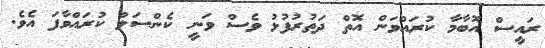
ރައީސް އޮބާމާ ކުރައްވަން އޮތް ދަތުރުފުޅު ވެސް ވަނީ ކެންސަލް ކުރައްވާފަ އެވެ.